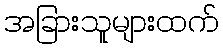
အခြားသူများထက်